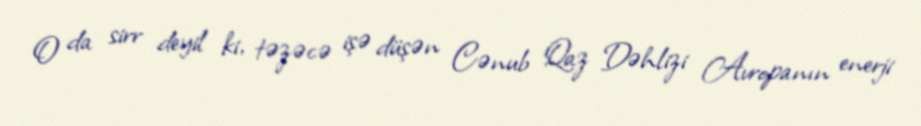
O da sirr deyil ki, təzəcə işə düşən Cənub Qaz Dəhlizi Avropanın enerji